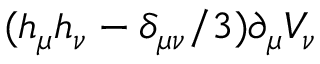
( h _ { \mu } h _ { \nu } - \delta _ { \mu \nu } / 3 ) \partial _ { \mu } V _ { \nu }